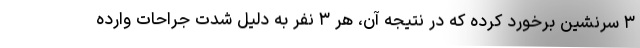
۳ سرنشین برخورد کرده که در نتیجه آن، هر ۳ نفر به دلیل شدت جراحات وارده